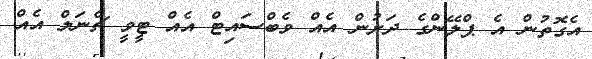
އެގޮތުން އެ ޕްލޭންގެ ދަށުން އެއް ވެބްސައިޓް އެއް ޓީވީ ޗެނަލް އެއް